system: You are a helpful assistant.
user:
Analyze the provided spectrum to determine if it is a **S-type Star**.

- **Key Indicators for S-type Star:**

    - **(Overall Spectrum Shape):** The first and most obvious characteristic is the overall continuum (the "baseline" shape). It is **extremely "red-sloping,"** meaning the flux (light intensity) is very low on the left side (blue, ~4000-4500 Å) and rises steeply and continuously toward the right side (red, ~7000 Å+).

    - **(Primary):** The spectrum is defined by the presence of strong, broad molecular absorption "valleys" (bands) from **Zirconium Oxide (ZrO)**. The identification of these bands is the **primary requirement** for classifying a star as S-type.
        - **(Key Bandheads):** You must find distinct, deep "dips" where the light has been absorbed. The most critical band systems to locate are:
            - **~6474 Å** ($\gamma$-system): This is often the strongest and clearest ZrO feature, found in the red part of the spectrum.
            - **~5718 Å** & **~5551 Å** ($\beta$-system): A pair of prominent absorption features in the yellow-orange part of the spectrum.
            - **~4640 Å** ($\alpha$-system): A key absorption band system in the blue-green region of the spectrum.

    - **(Secondary Confirmation):** The classification is strengthened by finding additional absorption bands from other related heavy element oxides, which are expected to be present alongside ZrO.
        - **(Key Bandheads):**
            - **Yttrium Oxide (YO):** Look for absorption dips near **~4800 Å** and **~6100 Å**.
            - **Lanthanum Oxide (LaO):** Additional absorption features, particularly in the red-orange part of the spectrum, are also characteristic.

    - **(Line Profile):** The combination of the steep red continuum and these numerous, deep molecular bands (ZrO, YO, etc.) gives the entire spectrum a very **"chopped-up"** or **"bumpy"** appearance. Instead of a smooth curve, the spectrum looks as though large, wide chunks of light have been "carved out" of it at the specific wavelengths listed above.

Think first, call **spectral_visualization_tool** if needed to examine features in detail, then provide your final answer. Your response must adhere to the following strict rules:
1.  **Overall Structure:** Your response must follow the format `<think>...</think> <tool_call>...</tool_call> (if a tool is used) <answer>...</answer>`.
2.  **Tool Usage Constraint:** You may only make **one** tool call per turn.
3.  **Final Answer Format:** In the `<answer>` tag, your conclusion must be inside a `\boxed{}` command (e.g., `\boxed{YES}` or `\boxed{NO}`), followed by your justification.

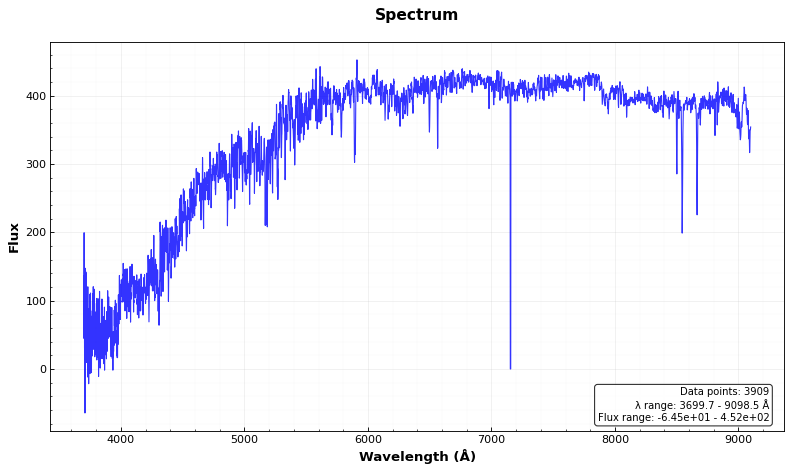
Answer: NO